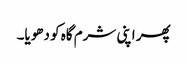
پھر اپنی شرم گاہ کو دھویا۔